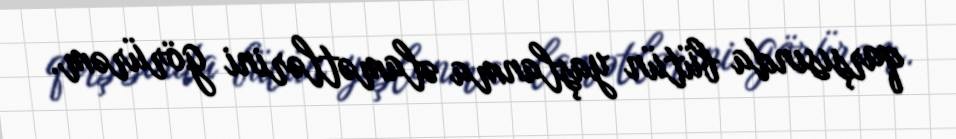
qarşısında bütün yaşlanma əlamətlərini görürəm.